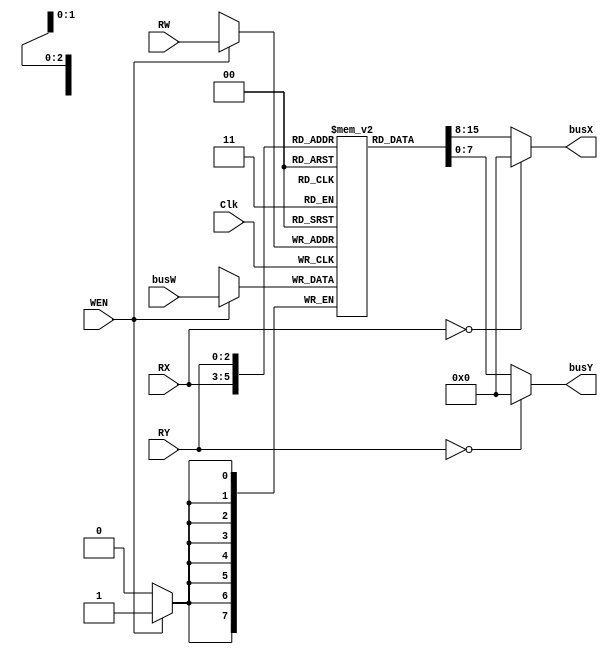
module register_file(
    Clk  ,
    WEN  ,
    RW   ,
    busW ,
    RX   ,
    RY   ,
    busX ,
    busY
);
input        Clk, WEN;
input  [2:0]  RW, RX, RY;
input  [7:0]  busW;
output [7:0]  busX, busY;

 
 integer idx;
 // write your design here, you can delcare your own wires and regs. 
 // The code below is just an eaxmple template
 reg [7:0] reg_w [0:7];
 reg [7:0] reg_r [0:7];
 
  assign  busX  =(RX == 3'b000 ) ? 8'd0: reg_r[RX];
  assign  busY = (RY == 3'b000 ) ? 8'd0: reg_r[RY];
 


always @(posedge Clk  ) begin
  
    if(WEN == 1'b1) begin
      reg_r[RW]   <= busW;
    end
end

endmodule